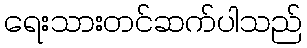
ရေးသားတင်ဆက်ပါသည်